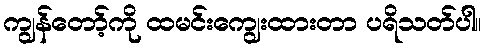
ကျွန်တော့်ကို ထမင်းကျွေးထားတာ ပရိသတ်ပါ။